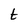
Character: t